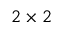
2 \times 2